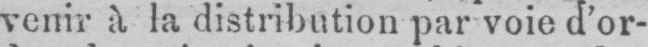
venir à la distribution par voie d’or-